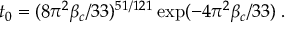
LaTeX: t _ { 0 } = ( 8 \pi ^ { 2 } \beta _ { c } / 3 3 ) ^ { 5 1 / 1 2 1 } \exp ( - 4 \pi ^ { 2 } \beta _ { c } / 3 3 ) \; .